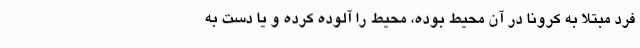
فرد مبتلا به کرونا در آن محیط بوده، محیط را آلوده کرده و یا دست به